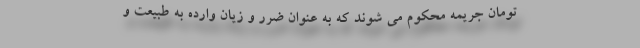
تومان جریمه محکوم می شوند که به عنوان ضرر و زیان وارده به طبیعت و